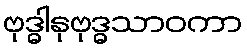
ဗုဒ္ဓါနုဗုဒ္ဓသာဝကာ